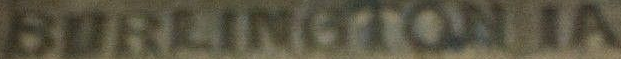
BURLINGTON IA